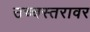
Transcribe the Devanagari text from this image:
उच्चस्तरावर